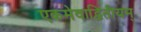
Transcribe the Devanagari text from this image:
एकमेवाद्वितीयम्‌